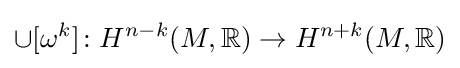
\cup [\omega ^{k}]\colon H^{n-k}(M,\mathbb {R} )\to H^{n+k}(M,\mathbb {R} )